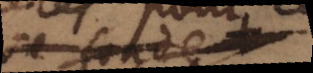
se fonde